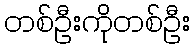
တစ်ဦးကိုတစ်ဦး